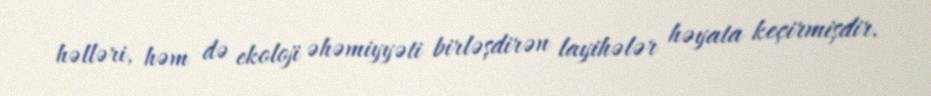
həlləri, həm də ekoloji əhəmiyyəti birləşdirən layihələr həyata keçirmişdir.